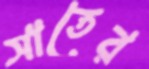
সাতের